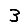
Digit: 3